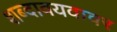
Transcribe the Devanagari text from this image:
शब्दावयवावर